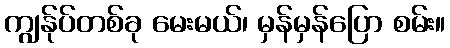
ကျွန်ုပ်တစ်ခု မေးမယ်၊ မှန်မှန်ပြော စမ်း။